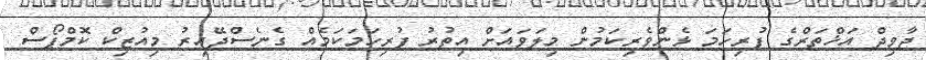
ޖާވިދް އަޚްތަރްގެ ފުރިހަމަ ޅެންވެރިކަމުން މިލަވައަށް އިތުރު ފުރިހަމަކަމެއް ގެނެސްދޭއިރު މިއުޒިކް ކޮމްޕޯސް